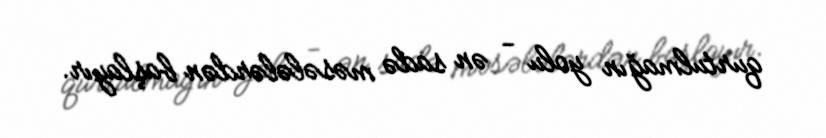
qurtulmağın yolu - ən sadə məsələlərdən başlayır.